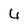
Character: 6